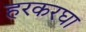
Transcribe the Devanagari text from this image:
हरकरघा